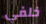
خلفي